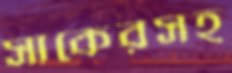
সাকেরসহ